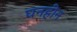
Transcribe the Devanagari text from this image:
घनहीन